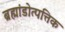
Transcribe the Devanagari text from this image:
ब्रह्मांडोत्पत्तिक